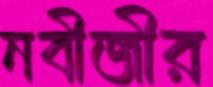
নবীজীর